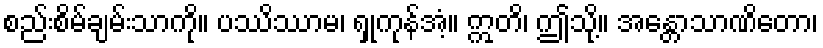
စည်းစိမ်ချမ်းသာကို။ ပဿိဿာမ၊ ရှုကုန်အံ့။ ဣတိ၊ ဤသို့။ အန္တောသာဏိတော၊